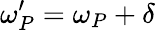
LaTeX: \omega_{P}^{\prime}=\omega_{P}+\delta